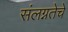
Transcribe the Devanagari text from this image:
संलग्नतेचे